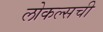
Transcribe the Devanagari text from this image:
लोकल्सची